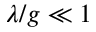
\lambda / g \ll 1